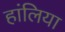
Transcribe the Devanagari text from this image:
हांलिया